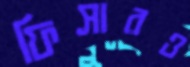
ফিসারও